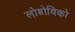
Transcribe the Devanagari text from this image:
लोडोविको